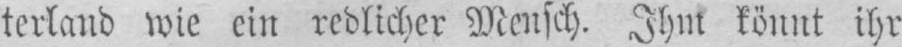
terland wie ein redlicher Mensch. Ihm könnt ihr